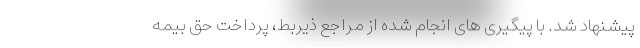
پیشنهاد شد. با پیگیری های انجام شده از مراجع ذیربط، پرداخت حق بیمه